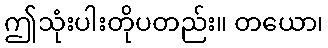
ဤသုံးပါးတိုပတည်း။ တယော၊